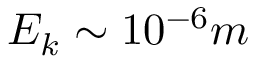
E _ { k } \sim 1 0 ^ { - 6 } m